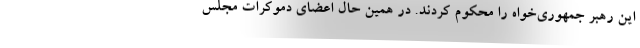
این رهبر جمهوری‌خواه را محکوم کردند. در همین حال اعضای دموکرات مجلس